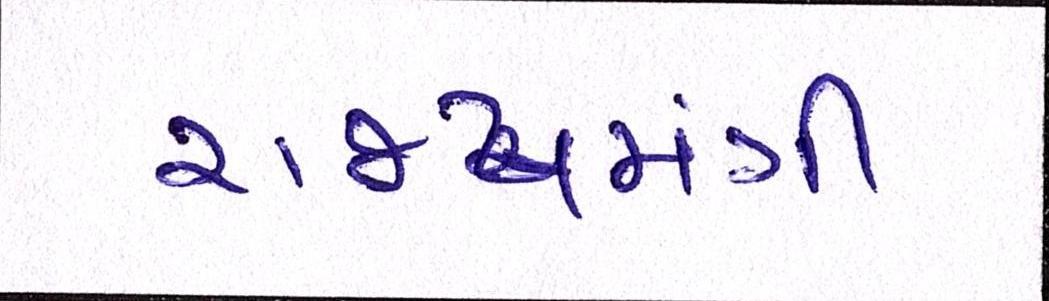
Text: રાજ્યમંત્રી